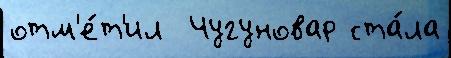
отм'е́т'ил  Чугуновар ста́ла